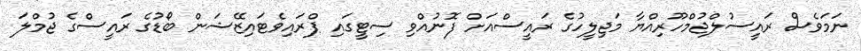
ނަމަވެސް ރައީސުލްޖުމްހޫރިއްޔާ މަޖިލީހުގެ ރައީސްއަށް ފޮނުއްވި ސިޓީގައި ޕްރައިވެޓައިޒޭޝަން ބޯޑުގެ ރައީސްގެ ޖުމްލަ